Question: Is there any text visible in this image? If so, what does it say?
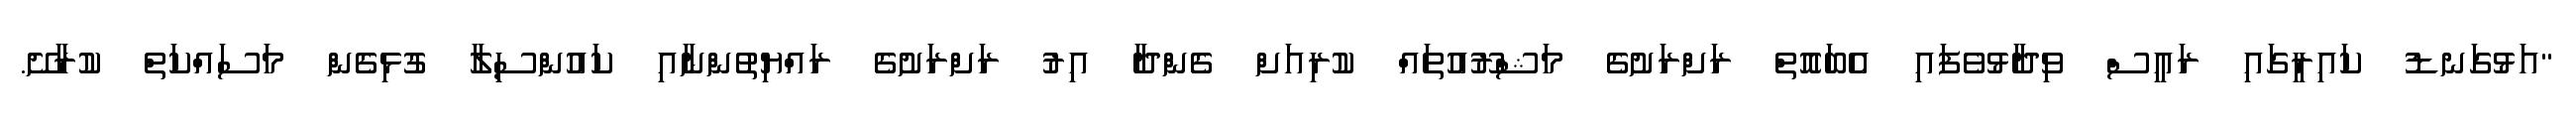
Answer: "އަޅުގަނޑު ކައިރީގައި ރައީސް ވިދާޅުވެފައި އެބައޮތް ރަށްރަށުގެ މަޝްރޫއުތައް ކުރިއަށް ގެންދާ އިރު ރަށްރަށުގެ ރައްޔިތުންނާއި ކައުންސިލާ ގުޅިގެން މަސައްކަތް ކުރާށޭ.